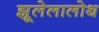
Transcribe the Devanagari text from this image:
झूलेलालोथ